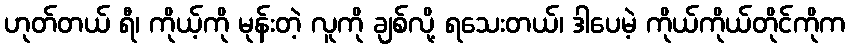
ဟုတ်တယ် ရီ၊ ကိုယ့်ကို မုန်းတဲ့ လူကို ချစ်လို့ ရသေးတယ်၊ ဒါပေမဲ့ ကိုယ်ကိုယ်တိုင်ကိုက